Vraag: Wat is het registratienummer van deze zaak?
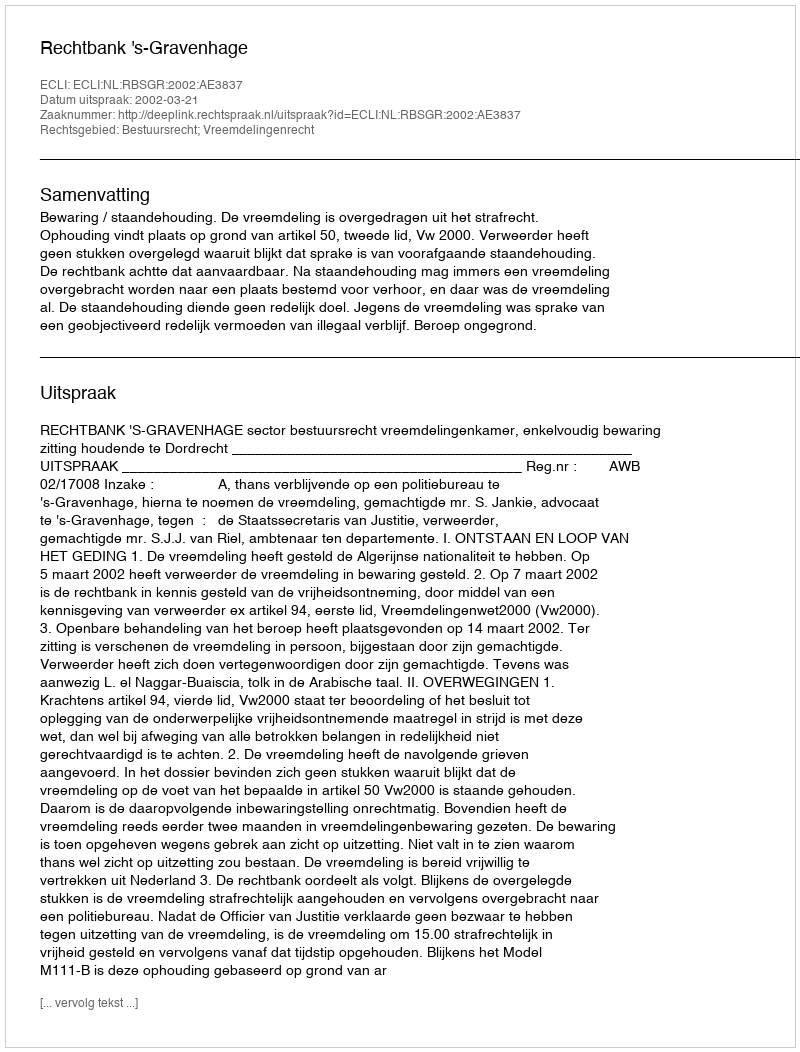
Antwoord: http://deeplink.rechtspraak.nl/uitspraak?id=ECLI:NL:RBSGR:2002:AE3837